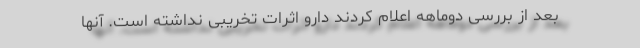
بعد از بررسی دوماهه اعلام کردند دارو اثرات تخریبی نداشته است. آنها